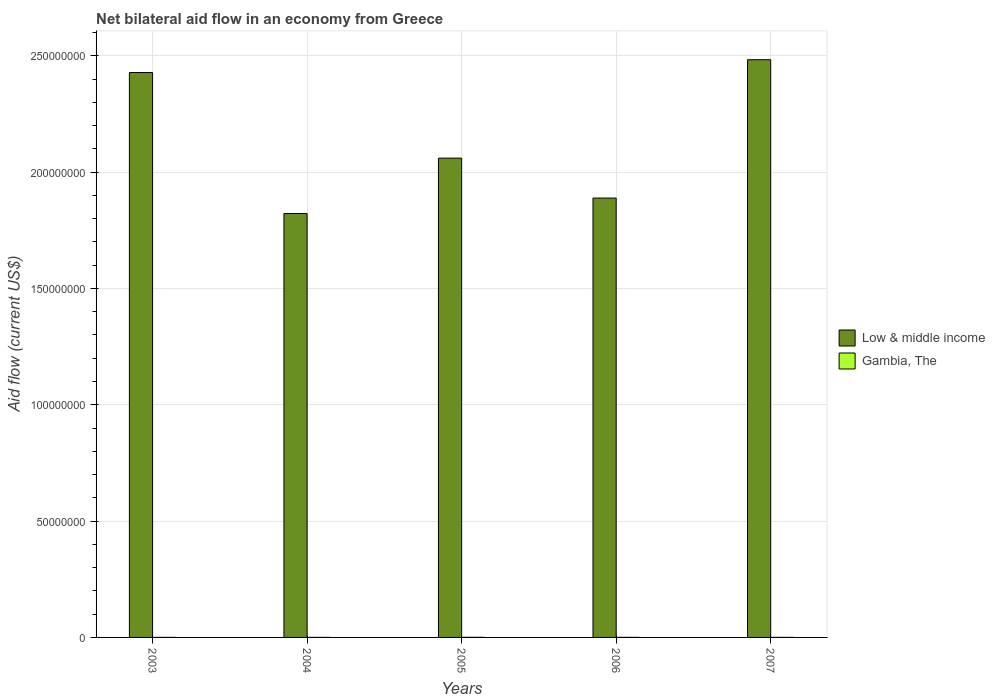
| Years | Low & middle income | Gambia, The |
 | --- | --- | --- |
 | 2003 | 2.43e+08 | 1e+04 |
 | 2004 | 1.82e+08 | 1e+04 |
 | 2005 | 2.06e+08 | 3e+04 |
 | 2006 | 1.89e+08 | 2e+04 |
 | 2007 | 2.48e+08 | 1e+04 |